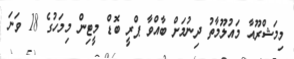
މިމަޝްރޫއާ މައުލޫމާތު ދިނުމަށް ބާއްވާ ޕްރީ ބޮޑް މީޓިން މިމަހުގެ 18 ވަނަ